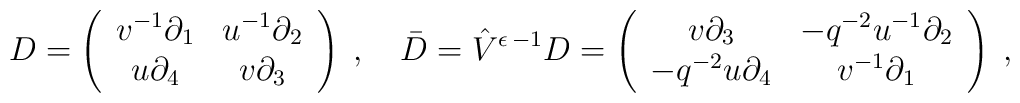
D =  \left( \begin{array}{cc}          v^{-1} \partial_1 & u^{-1} \partial_2 \\           u \partial_4 & v \partial_3           \end{array} \right) \; , \quad \bar{D} =\hat{V}^{\epsilon \, -1} D =  \left( \begin{array}{cc}          v \partial_3 & -q^{-2} u^{-1} \partial_2 \\          -q^{-2} u \partial_4 & v^{-1} \partial_1           \end{array} \right) \; ,